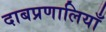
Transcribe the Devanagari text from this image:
दाबप्रणालियाँ